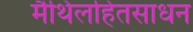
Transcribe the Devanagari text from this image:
मैथिलहितसाधन